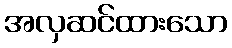
အလှဆင်ထားသော